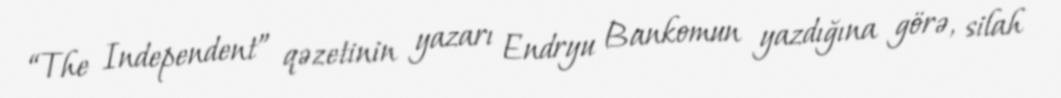
“The Independent” qəzetinin yazarı Endryu Bankomun yazdığına görə, silah